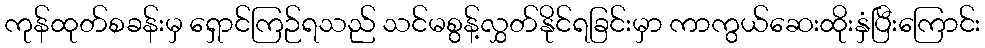
ကုန်ထုတ်စခန်းမှ ရှောင်ကြဉ်ရသည် သင်မစွန့်လွှတ်နိုင်ရခြင်းမှာ ကာကွယ်ဆေးထိုးနှံပြီးကြောင်း